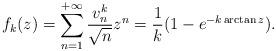
LaTeX: \begin{align*}f_k(z)=\sum_{n=1}^{+\infty} \frac{v_n^{k}}{\sqrt{n}} z^n=\frac{1}{k}(1-e^{-k\arctan z}).\end{align*}